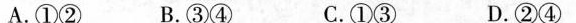
A.①② B.③④ C.①③ D.②④